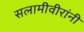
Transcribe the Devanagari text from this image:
सलामीवीरांनी